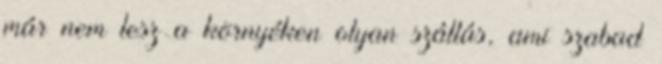
már nem lesz a környéken olyan szállás, ami szabad